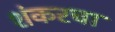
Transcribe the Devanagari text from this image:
शंकरचा